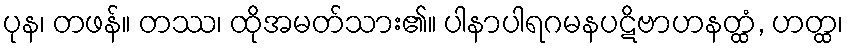
ပုန၊ တဖန်။ တဿ၊ ထိုအမတ်သား၏။ ပါနာပါရဂမနပဋိဗာဟနတ္ထံ, ဟတ္ထ၊